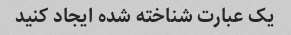
یک عبارت شناخته شده ایجاد کنید